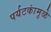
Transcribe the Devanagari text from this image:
पर्यटकांमुळे